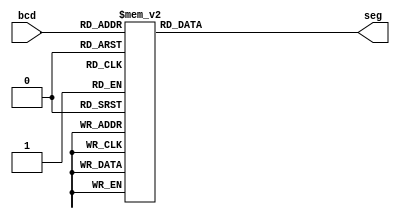
/*
display de 7 segmentos 

*/

module seven7(bcd,seg);
 input [3:0]bcd;
 output reg [6:0] seg;
 
always @(bcd)
 begin
	case(bcd)
	0:	
		seg =7'b1000000;
	1:	
		seg =7'b1111001;
	2:	
		seg =7'b0100100;
	3: 
		seg =7'b0110000;
	4:	
		seg =7'b0011001;
	5:	
		seg =7'b0010010;
	6:	
		seg =7'b0000010;
	7:	
		seg =7'b1111000;
	8:	
		seg =7'b0000000;
	9:	
		seg =7'b0010000;
	10:
		seg =7'b0001000;
	11:
		seg =7'b0000011;
	12:
		seg =7'b1000110;
	13:
		seg =7'b0100001;
	14:
		seg =7'b0000110;
	15:
		seg =7'b0001110;
	default:
		seg =7'b0111111;
   endcase
 end
endmodule